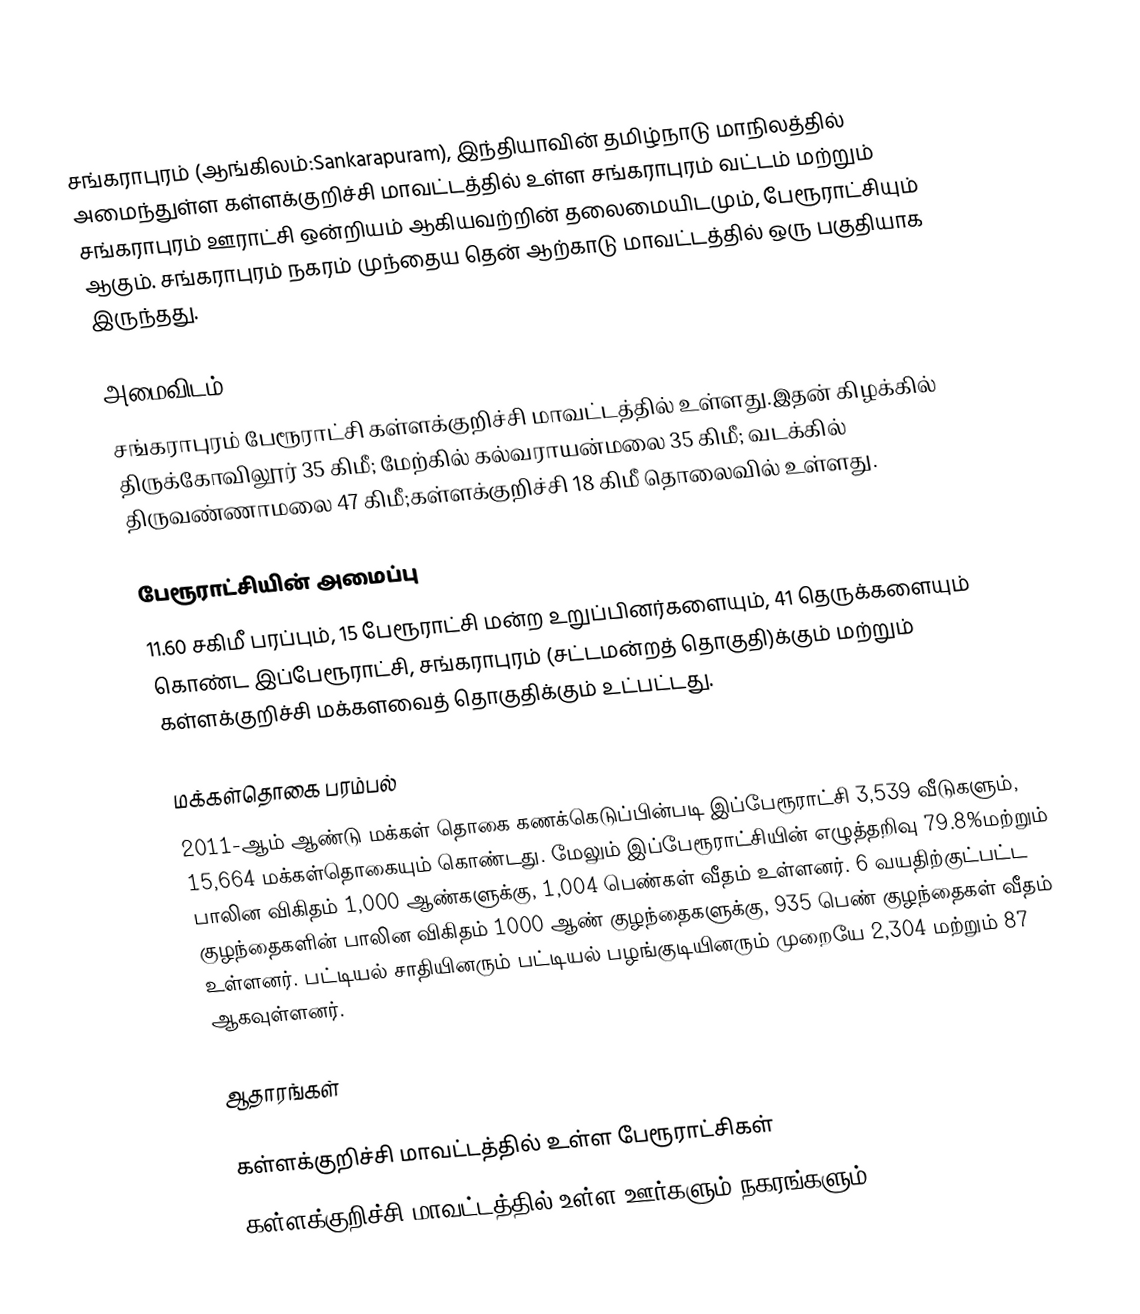
சங்கராபுரம் (ஆங்கிலம்:Sankarapuram), இந்தியாவின் தமிழ்நாடு மாநிலத்தில் அமைந்துள்ள கள்ளக்குறிச்சி மாவட்டத்தில் உள்ள சங்கராபுரம் வட்டம் மற்றும் சங்கராபுரம் ஊராட்சி ஒன்றியம் ஆகியவற்றின் தலைமையிடமும், பேரூராட்சியும் ஆகும். சங்கராபுரம் நகரம் முந்தைய தென் ஆற்காடு மாவட்டத்தில் ஒரு பகுதியாக இருந்தது.

அமைவிடம்
சங்கராபுரம் பேரூராட்சி கள்ளக்குறிச்சி மாவட்டத்தில் உள்ளது.இதன் கிழக்கில் திருக்கோவிலூர் 35 கிமீ; மேற்கில் கல்வராயன்மலை 35 கிமீ; வடக்கில் திருவண்ணாமலை 47 கிமீ;கள்ளக்குறிச்சி 18 கிமீ தொலைவில் உள்ளது.

பேரூராட்சியின் அமைப்பு
11.60 சகிமீ பரப்பும், 15 பேரூராட்சி மன்ற உறுப்பினர்களையும், 41 தெருக்களையும் கொண்ட இப்பேரூராட்சி, சங்கராபுரம் (சட்டமன்றத் தொகுதி)க்கும் மற்றும் கள்ளக்குறிச்சி மக்களவைத் தொகுதிக்கும் உட்பட்டது.

மக்கள்தொகை பரம்பல்
2011-ஆம் ஆண்டு மக்கள் தொகை கணக்கெடுப்பின்படி   இப்பேரூராட்சி 3,539   வீடுகளும், 15,664 மக்கள்தொகையும் கொண்டது. மேலும் இப்பேரூராட்சியின் எழுத்தறிவு 79.8%மற்றும் பாலின விகிதம் 1,000 ஆண்களுக்கு, 1,004 பெண்கள் வீதம் உள்ளனர். 6 வயதிற்குட்பட்ட குழந்தைகளின் பாலின விகிதம் 1000 ஆண் குழந்தைகளுக்கு,  935 பெண் குழந்தைகள் வீதம் உள்ளனர். பட்டியல் சாதியினரும் பட்டியல் பழங்குடியினரும்  முறையே 2,304 மற்றும் 87 ஆகவுள்ளனர்.

ஆதாரங்கள்

கள்ளக்குறிச்சி மாவட்டத்தில் உள்ள பேரூராட்சிகள்
கள்ளக்குறிச்சி மாவட்டத்தில் உள்ள ஊர்களும் நகரங்களும்